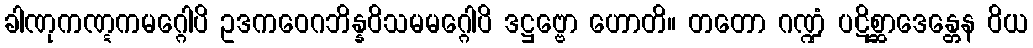
ခါဏုကဏ္ဋကမဂ္ဂေါပိ ဥဒကဝေဂဘိန္နဝိသမမဂ္ဂေါပိ ဒဋ္ဌဗ္ဗော ဟောတိ။ တတော ဂဏ္ဍံ ပဋိစ္ဆာဒေန္တေန ဝိယ